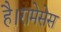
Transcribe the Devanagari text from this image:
है।रामेसेस